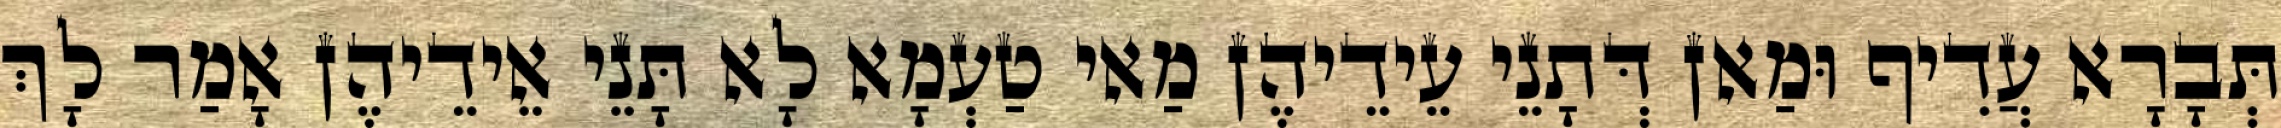
תְּבָרָא עֲדִיף וּמַאן דְּתָנֵי עֵידֵיהֶן מַאי טַעְמָא לָא תָּנֵי אֵידֵיהֶן אָמַר לָךְ